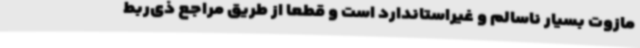
مازوت بسیار ناسالم و غیراستاندارد است و قطعاً از طریق مراجع ذی‌ربط